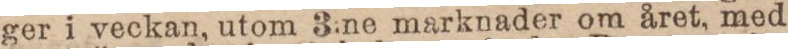
ger i veckan, utom 3:ne marknader om året, med